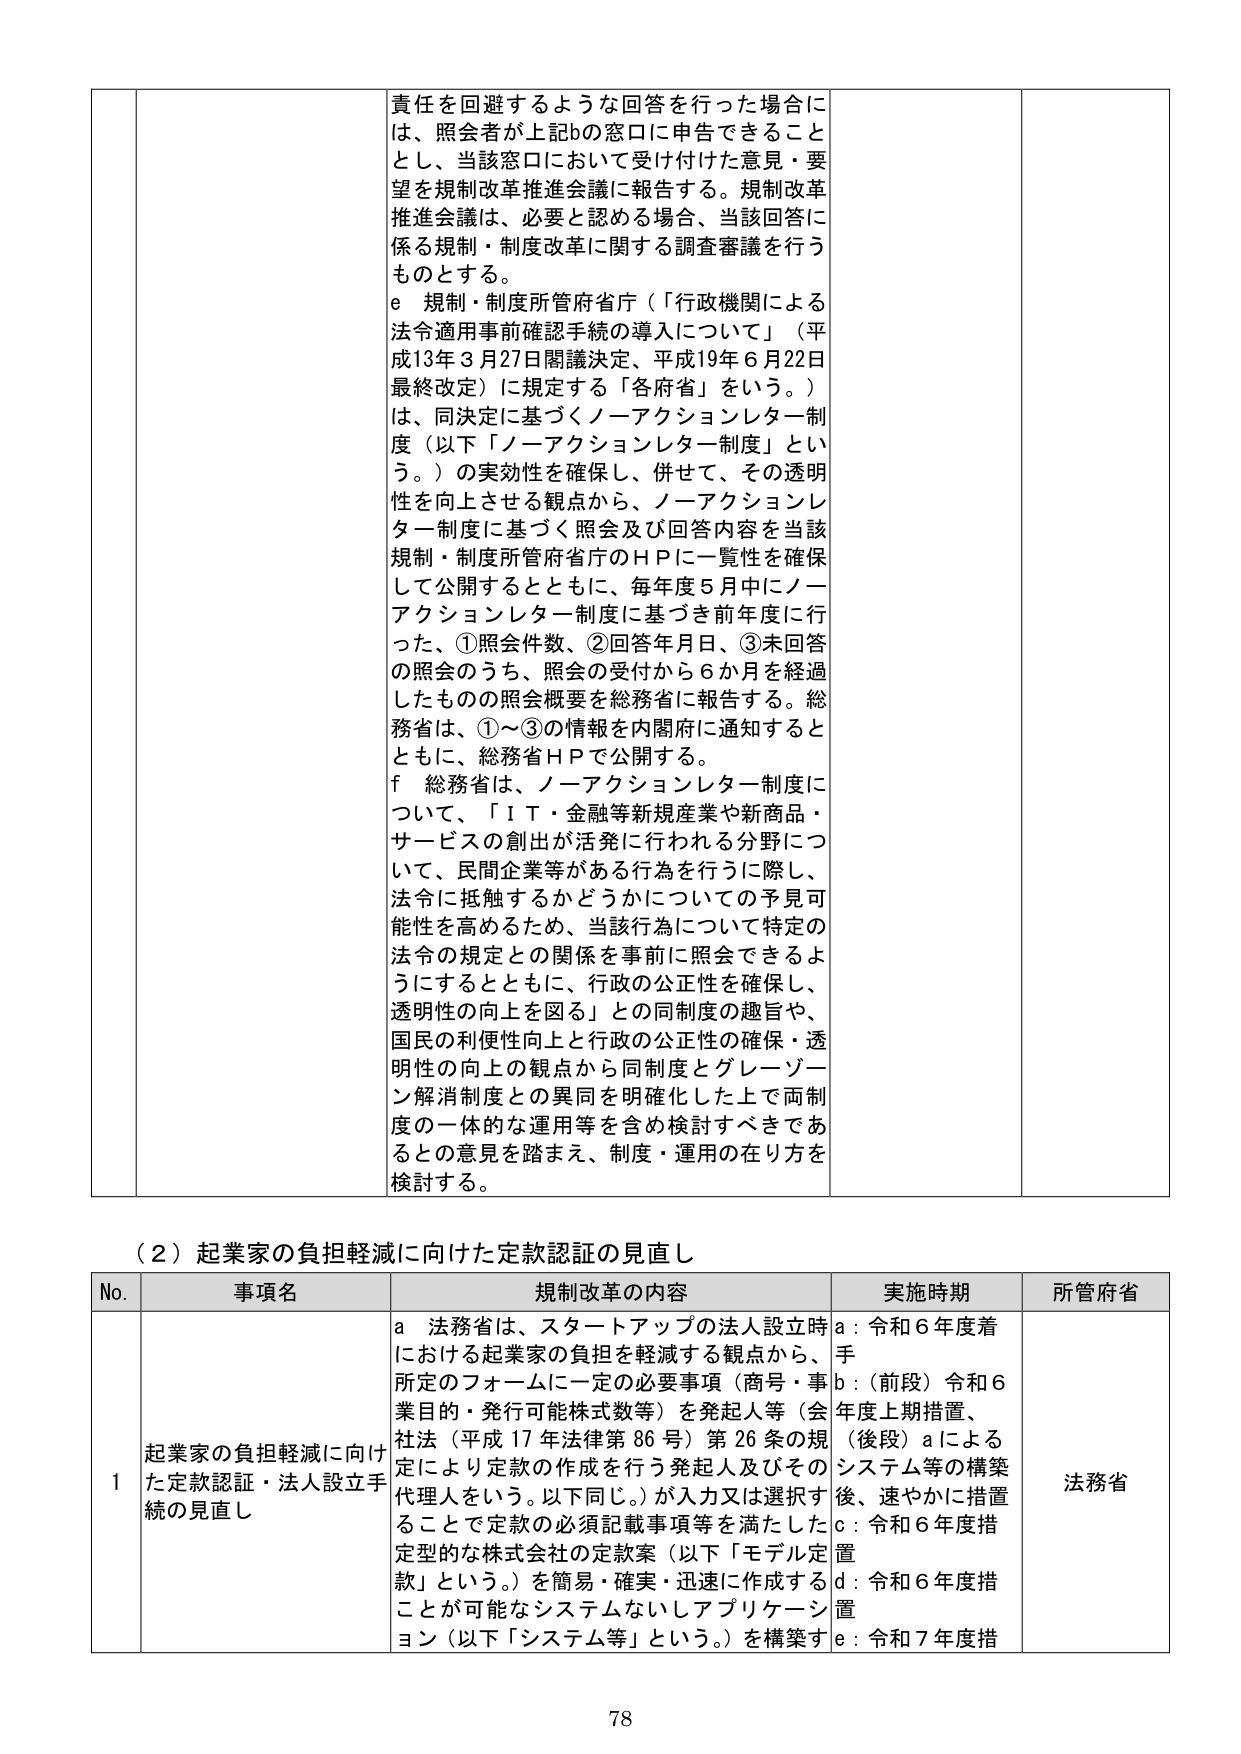
責任を回避するような回答を行った場合には、照会者が上記bの窓口に申告できることとし、当該窓口において受け付けた意見・要望を規制改革推進会議に報告する。規制改革推進会議は、必要と認める場合、当該回答に係る規制・制度改革に関する調査審議を行うものとする。

e 規制・制度所管府省庁（「行政機関による法令適用事前確認手続の導入について」（平成13年3月27日閣議決定、平成19年6月22日最終改正）に規定する「各府省」をいう。）は、同決定に基づくノーアクションレター制度（以下「ノーアクションレター制度」という。）の実効性を確保し、併せて、その透明性を向上させる観点から、ノーアクションレター制度に基づく照会及び回答内容を当該規制・制度所管府省庁のＨＰに一覧性を確保して公開するとともに、毎年度5月中にノーアクションレター制度に基づき前年度に行った、①照会件数、②回答年月日、③未回答の照会のうち、照会の受付から6か月を経過したものの照会概要を総務省に報告する。総務省は、①～③の情報を内閣府に通知するとともに、総務省ＨＰで公開する。

f 総務省は、ノーアクションレター制度について、「ＩＴ・金融等新規産業や新商品・サービスの創出が活発に行われる分野について、民間企業等がある行為を行うに際し、法令に抵触するかどうかについての予見可能性を高めるため、当該行為について特定の法令の規定との関係を事前に照会できるようにするとともに、行政の公正性を確保し、透明性の向上を図る」との同制度の趣旨や、国民の利便性向上と行政の公正性の確保・透明性の向上の観点から同制度とグレーゾーン解消制度との異同を明確化した上で両制度の一体的な運用等を含め検討すべきであるとの意見を踏まえ、制度・運用の在り方を検討する。

（２）起業家の負担軽減に向けた定款認証の見直し

No. 事項名 規制改革の内容 実施時期 所管府省

1 起業家の負担軽減に向けた定款認証・法人設立手続の見直し a 法務省は、スタートアップの法人設立時における起業家の負担を軽減する観点から、所定のフォームに一定の必要事項（商号・事業目的・発行可能株式数等）を発起人等（会社法（平成17年法律第86号）第26条の規定により定款の作成を行う発起人及びその代理人をいう。以下同じ。）が入力又は選択することで定款の必須記載事項等を満たした定型的な株式会社の定款案（以下「モデル定款」という。）を簡易・確実・迅速に作成することが可能なシステムないしアプリケーション（以下「システム等」という。）を構築す a：令和6年度着 b：（前段）令和6年度上期措置、（後段）aによるシステム等の構築後、速やかに措置 c：令和6年度措置 d：令和6年度措置 e：令和7年度措 法務省

78